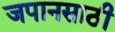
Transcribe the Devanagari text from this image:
जपानसाठी